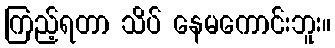
ကြည့်ရတာ သိပ် နေမကောင်းဘူး။